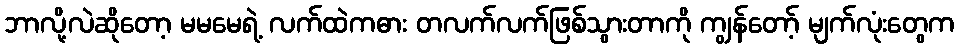
ဘာလို့လဲဆိုတော့ မမမေရဲ့ လက်ထဲကဓား တလက်လက်ဖြစ်သွားတာကို ကျွန်တော့် မျက်လုံးတွေက